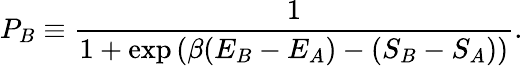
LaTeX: P_{B}\equiv{\frac{1}{1+\exp\left(\beta(E_{B}-E_{A})-(S_{B}-S_{A})\right)}}.